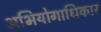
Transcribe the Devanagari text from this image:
अभियोगाधिकार